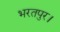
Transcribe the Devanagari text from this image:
भरतपुर।